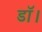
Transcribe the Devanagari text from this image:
डाॅ।